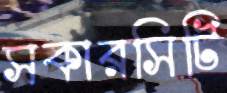
সকারসিটি